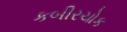
કબીરચોક